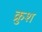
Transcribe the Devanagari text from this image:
क्रुश